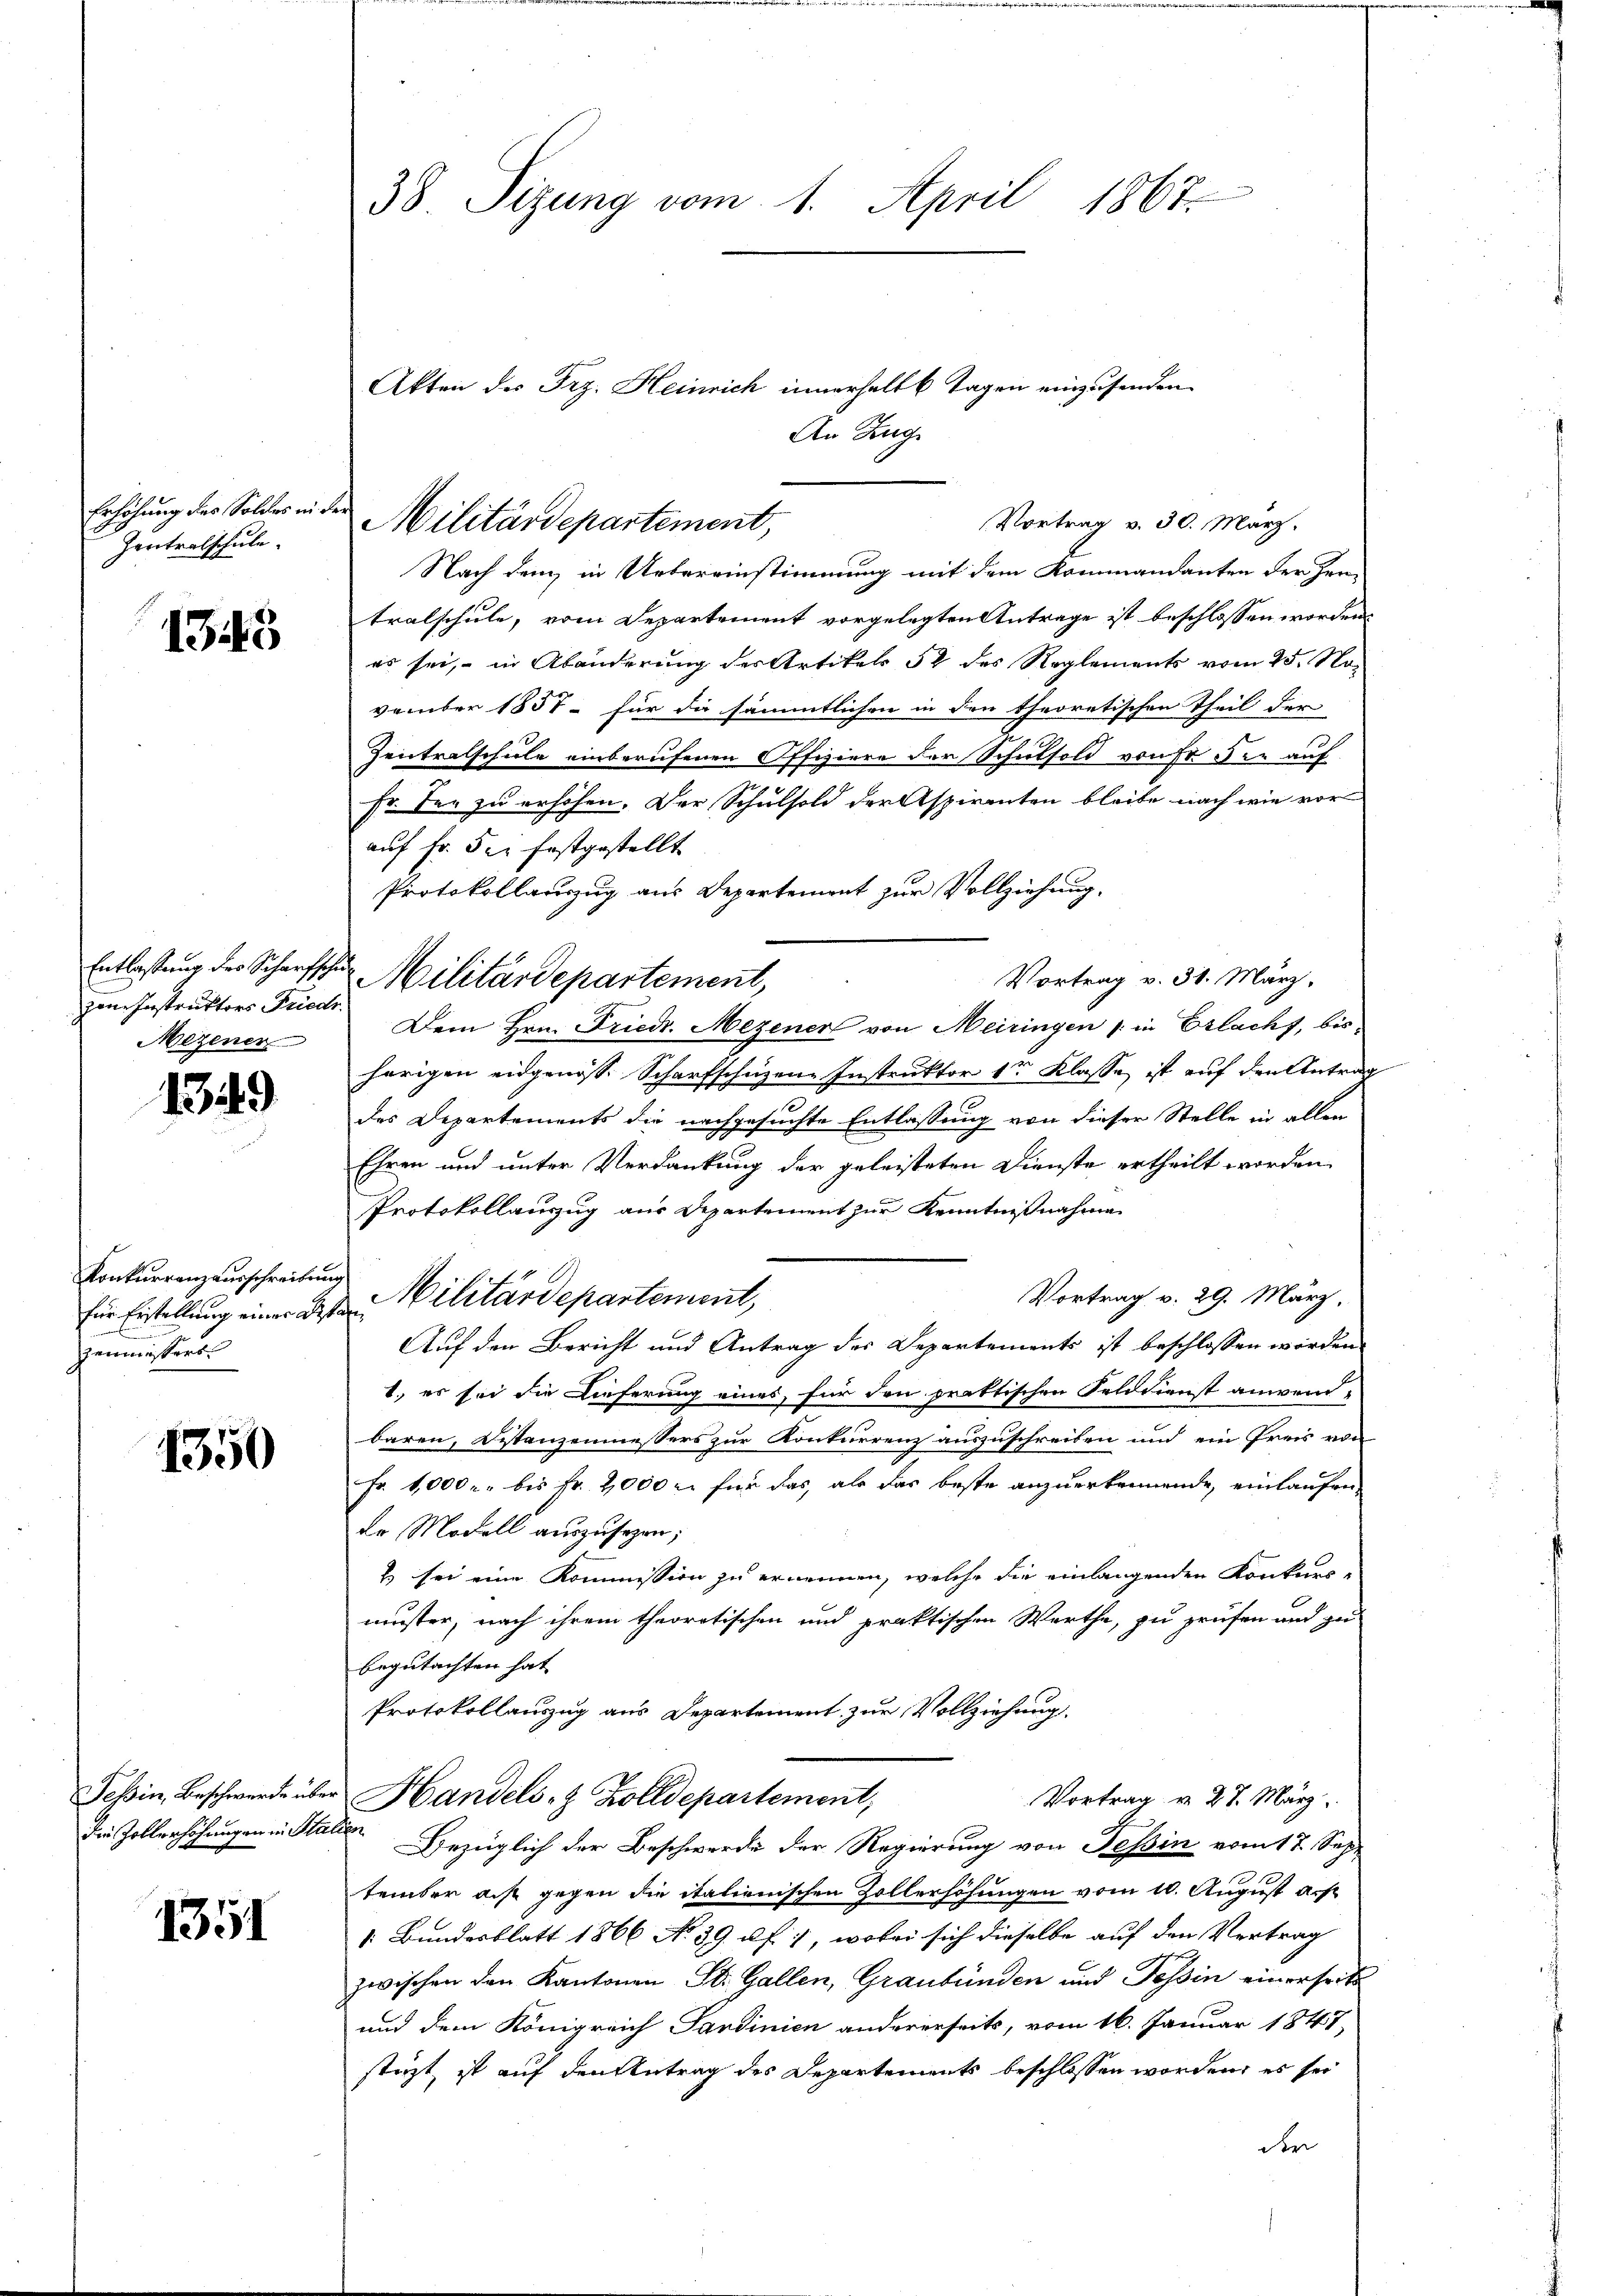
Erhöhung des Soldes mi
Zentralschule.

1343

zone Instruktors Friedr
Mezener

1349

für Erstellung einer Bestan
zenmessers

1350

1351

Ferd
Nach dem in Uebereinstimmung mit dem Kommandanten der Herrn
tralschule, vom Separtement vorgelegten Antrage ist beschlossen worden.
es sei, in Abänderung der Artikels 52 des Reglements vom 25. November 1857 - für die sämmtlichen in den theoretischen Theil der
Zentralschule einberufenen Offiziere der Schulsold von der auf
Fr. der zu erhöhen. Der Schulsold der Aspiranten bleibe nach wie vor
auf Fr. 5. festgestellt
Protokollauszug aus Departement zur Vollziehung.
Vortrag v. 31. März,
Dem Hrn. Friedr. Mezener von Meiringen (in Erlachs, bis
herigen eidgenöss. Scharfschüzen-Instruktor 1r Klasse ist auf den Antrag
des Departements die nachgesuchte Entlassung von dieser Stelle in allen
Ehren und unter Verdankung der geleisteten Dienste ertheilt worden
Protokollauszug aus Departement zur Kenntnißnahme
Konkurrenzausschreibung Militärdepartement,
Vortrag v. 29. März,
Auf den Bericht und Antrag der Departements ist beschlossen worden.
2. es sei die Lieferung eines für den praktischen Felddienst anwein-
baren, Distanzenmessers zur Konkurrenz auszuschreiben und ein Preis von
Fr. 1000 r. bis Fr. 2000 l. für das, als das beste anzuerkennende, einlaufen
de Modell auszusehen;
2) sei eine Kommission zu ernennen, welche die einlangenden Konkurs-
muster, nach ihrem theoretischen und praktischen Werthe, zu prüfen und zu
begutachten hat
Protokollauszug aus Departement zur Vollziehung.
Teßin, Beschwerde über Handels- & Zolldepartement,
Vortrag v. 27. März
die Zollerhöhungen in eine bezüglich der Beschwerde der Regierung von Tessin vom 17. Sept
tember dis gegen die italienischen Zollerhöhungen vom 10. August a. p.
v. Bundesblatt 1866 No. 39 u. f. 1, wobei sich dieselbe auf den Vertrag
zwischen den Kantonen St. Gallen, Graubünden und Tessin einerseiti
und dem Königreich Sardinien andererseits, vom 16. Januar 1847,
stüzt, ist auf den Antrag des Departements beschlossen worden, es sei
der

38 Sizung vom 1. April 1867.

Militärdepartement,

Entlastung des Scharfs Militärdepartement,

Akten des Frz. Heinrich innerhalt 6 Tagen einzusenden.
An Zug

Vortrag v. 30. März.